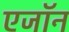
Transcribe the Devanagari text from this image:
एजॉन